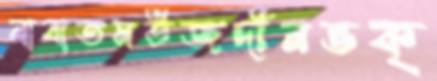
নাবাতমউজদীনভক্